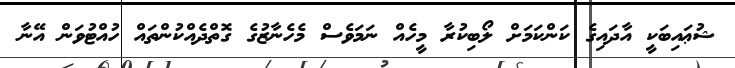
ޝުޢައިބަކީ އާދައިގެ ކަންކަމަށް ލޯބިކުރާ މީހެއް ނަމަވެސް މެހެނާޒުގެ ގޮތްދެއްކުންތައް ހުއްޓުވަން އޭނާ